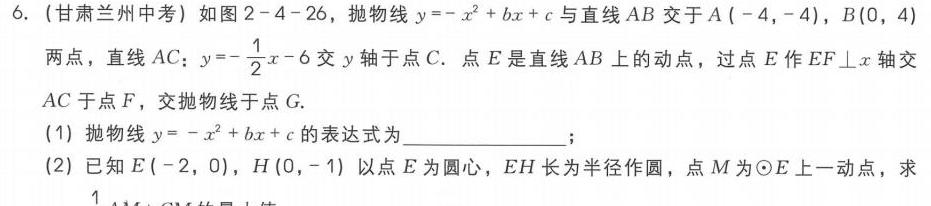
6. (甘肃兰州中考) 如图2 - 4 - 26，抛物线\(y=-x^{2}+bx + c\)与直线\(AB\)交于\(A(-4,-4)\)，\(B(0,4)\)
两点，直线\(AC\)：\(y =-\frac{1}{2}x - 6\)交\(y\)轴于点\(C\). 点\(E\)是直线\(AB\)上的动点，过点\(E\)作\(EF\perp x\)轴交
\(AC\)于点\(F\)，交抛物线于点\(G\).
(1) 抛物线\(y=-x^{2}+bx + c\)的表达式为  ；
(2) 已知\(E(-2,0)\)，\(H(0,-1)\)以点\(E\)为圆心\(EH\)长为半径作圆，点\(M\)为\(\odot E\)上一动点，求
\(\frac{1}{4}AM + GM\)的最  值